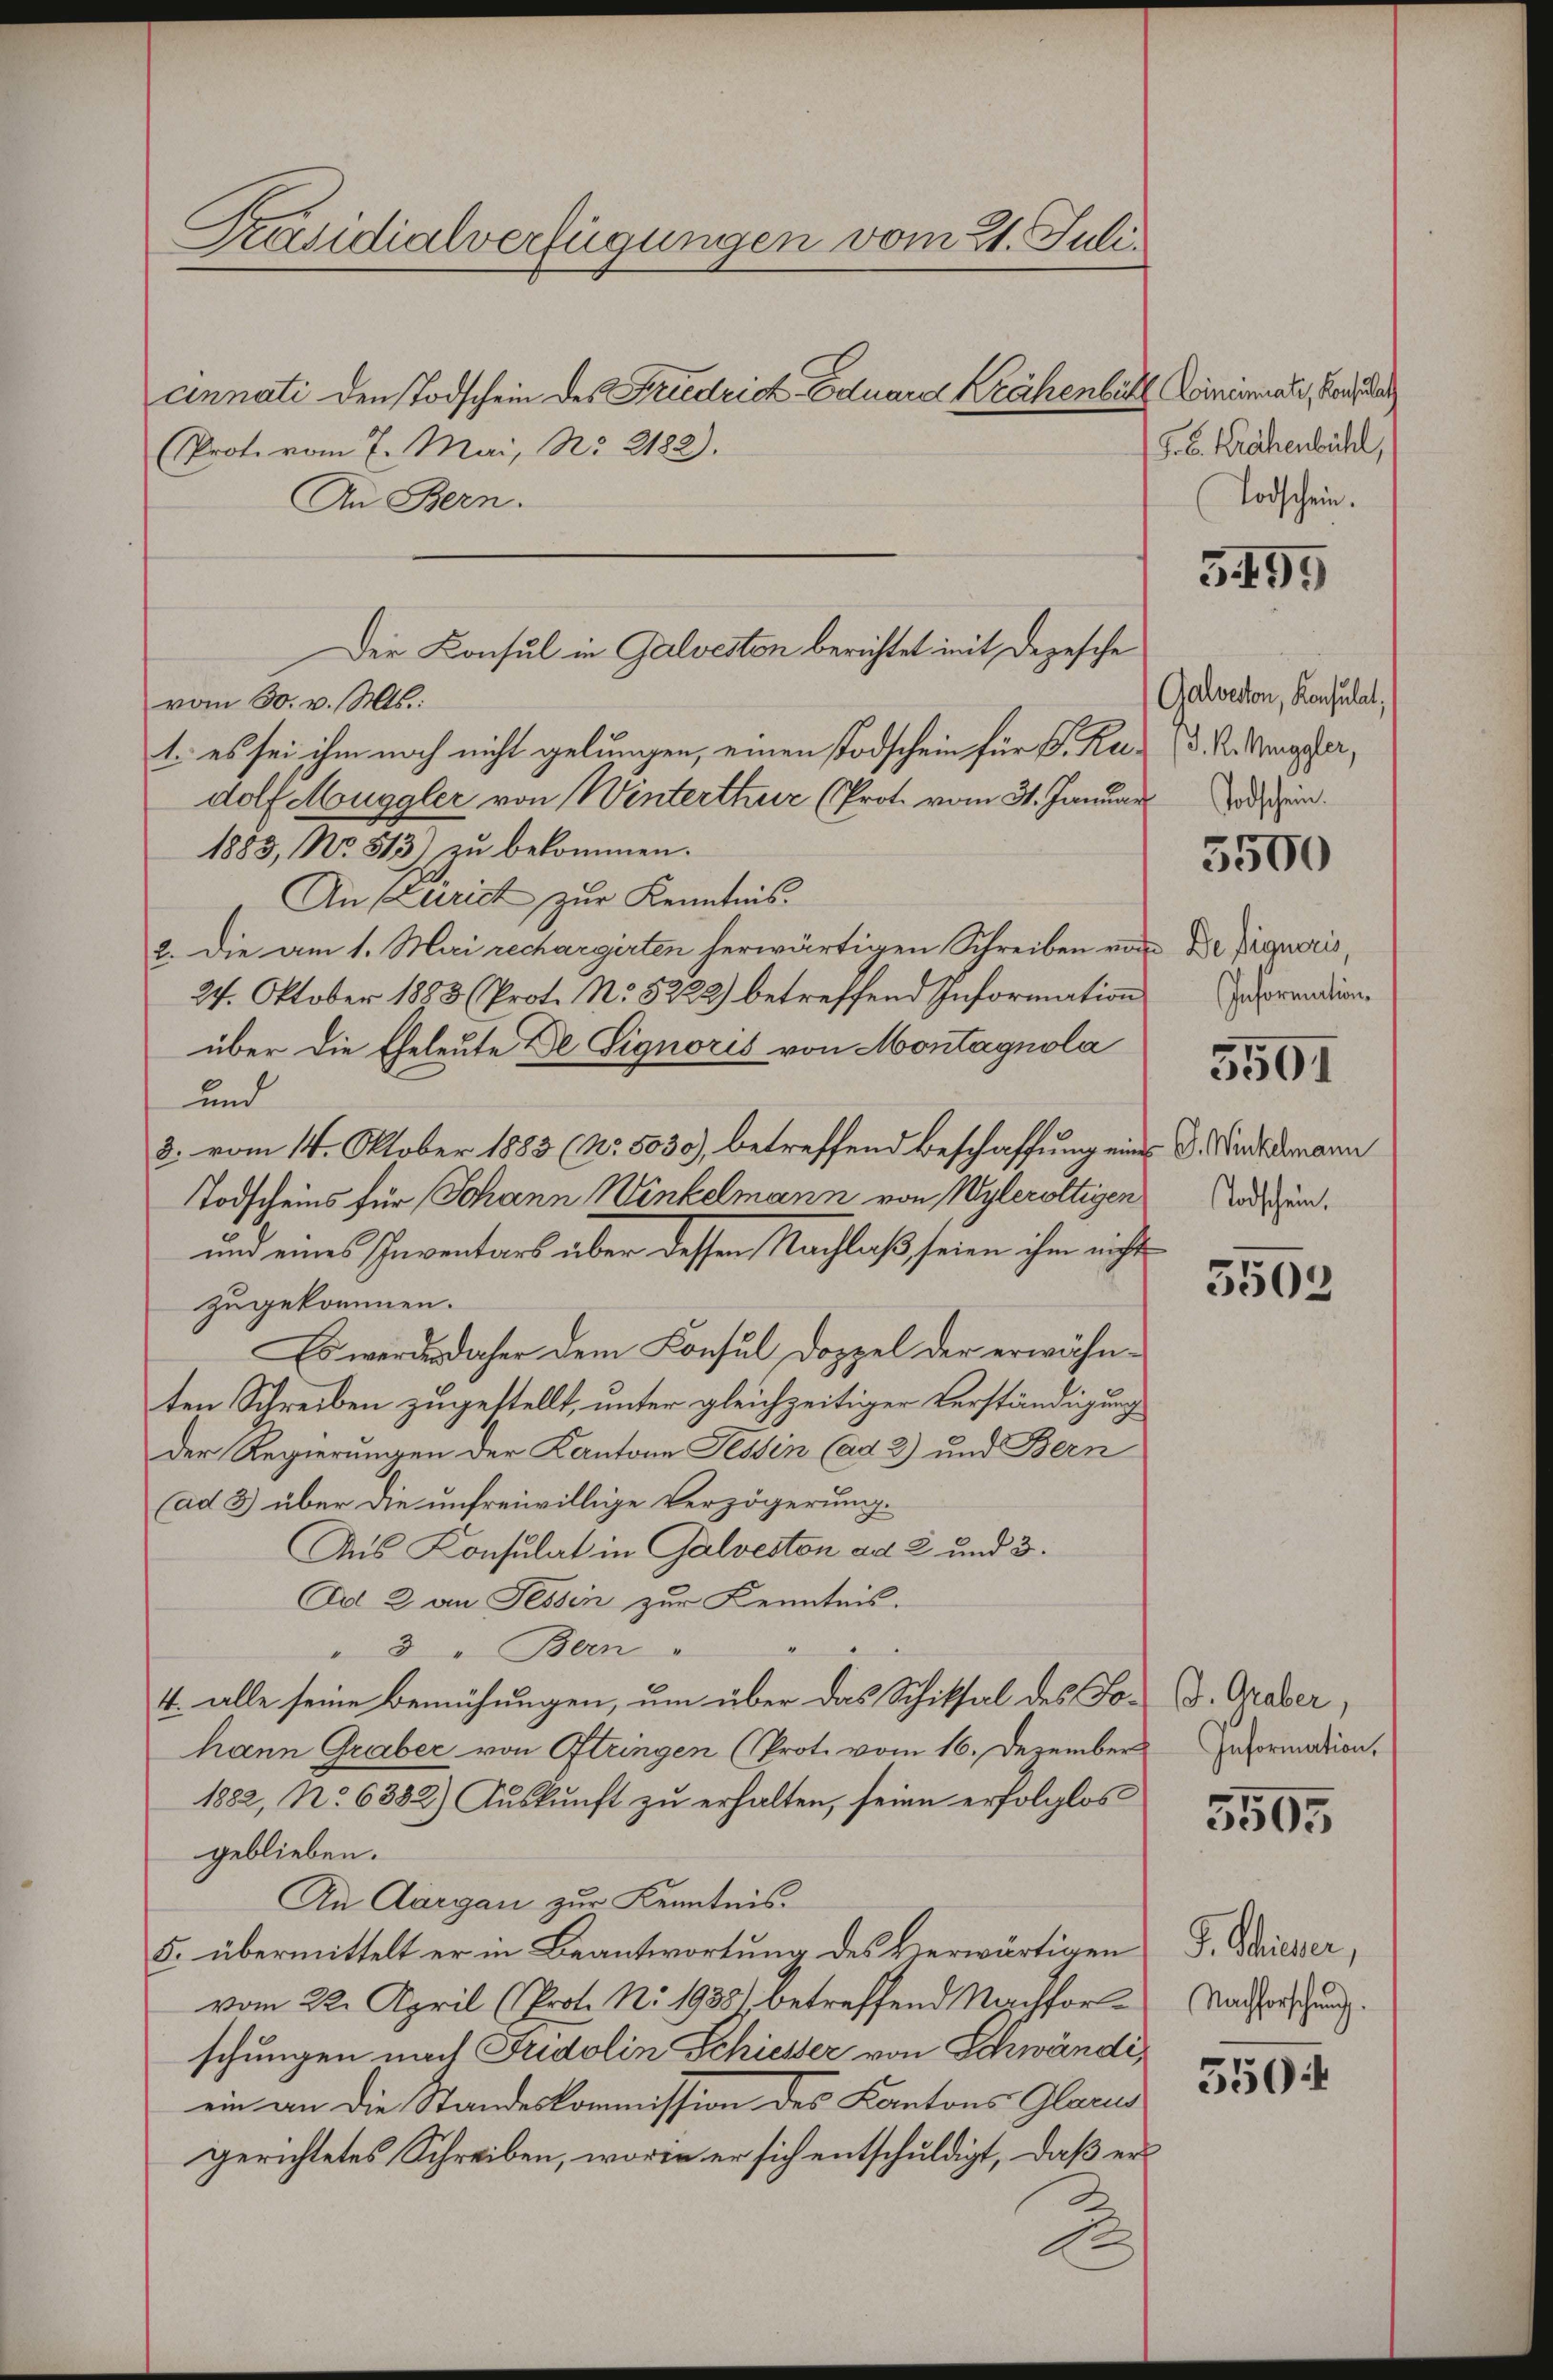
Präsidialverfügungen vom 21. Juli.
cinnati den Todschein des Friedrich Eduard Krähenbühl Liniemali, Band da

(Prote vom 7. Mai, No 2182).
An Bern.
vom 30. v. Mts.:
1. es sei ihm noch nicht gelungen, einen Todschein für P. Rus (d. R. Wegger,
dolf Muggler von Winterthur (Prot. vom 31. Januar sein.
1883, No. 513) zu bekommen.
An Zürich zur Kenntnis.
2. Die am 1. Mai rechargirten herwärtigen Schreiben von Dr Pignoris,
24. Oktober 1883 (Prot. No 5223) betreffend Information
über die Eheleute De Signoris von Montagnola
und
8. vom 14. Oktober 1883 (No. 8030), betreffend Beschaffung eines
Todscheins für Johann Winkelmann von Wyleroltigen
und eines Inventars über dessen Nachlaß seien ihm nicht
zugekommen.
Es werde daher dem Konsul Doppel der erwähnten Schreiben zugestellt, unter gleichzeitiger Verständigung
Der Regierungen der Kantone Tessin (ad 2) und Bern
ad 3) über die unfreiwillige Verzögerung.
Aus Konsulat in Galveston ad 2 und 3.
Ad 2. an Tessin zur Kenntnis.
"3 . Bern
4. alle seine Bemühungen, um über das Schiksal des Fohann Graber von Itzingen (Prot. vom 16. Dezember
1882, No 6382) Auskunft zu erhalten, seien erfolglos
geblieben.
An Aargau zur Kenntnis.
5. übermittelt er in Beantwortung des Verwärtigen
vom 22. April (Prot. No 1938) betreffend Nachforschungen nach Fridolin Schiesser von Schwändiein an die Standeskommission des Kantons Glacu
gerichtetes Schreiben, worin er sich entschuldigt, daß er

Der Konsul in Galveston berichtet mit Depesche

A
e

G. B. Krähenbühl,
Todschein.

3495

Galveston, Konsulat,

5500

Information

5501

G. Winkelmann
Todschein,

5502

J. Graber,
Information,

5505

F. Schiener,
Nachforschung.

550: